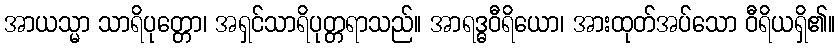
အာယသ္မာ သာရိပုတ္တော၊ အရှင်သာရိပုတ္တရာသည်။ အာရဒ္ဓဝီရိယော၊ အားထုတ်အပ်သော ဝီရိယရှိ၏။